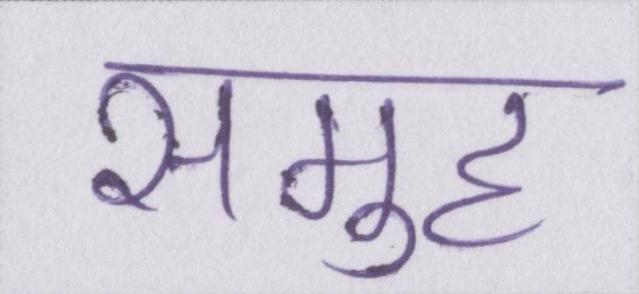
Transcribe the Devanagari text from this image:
समुह